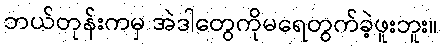
ဘယ်တုန်းကမှ အဲဒါတွေကိုမရေတွက်ခဲ့ဖူးဘူး။